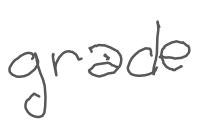
Text: grade
Cross-out: clean
Writing tool: digital_gray